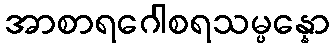
အာစာရဂေါစရသမ္ပန္နော